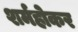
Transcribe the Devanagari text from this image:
शर्महोकर